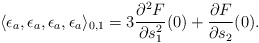
\begin{align*}\langle \epsilon_a,\epsilon_a,\epsilon_a,\epsilon_a\rangle_{0,1}=3\frac{\partial^2 F}{\partial s_1^2}(0)+\frac{\partial F}{\partial s_2}(0).\end{align*}